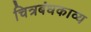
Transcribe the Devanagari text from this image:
चित्रबंधकाव्य